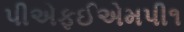
પીએફઈએમપી૧